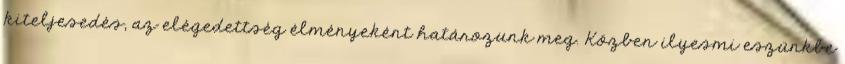
kiteljesedés, az elégedettség élményeként határozunk meg. Közben ilyesmi eszünkbe